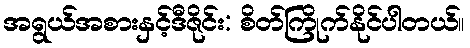
အရွယ်အစားနှင့်ဒီဇိုင်း: စိတ်ကြိုက်နိုင်ပါတယ်။